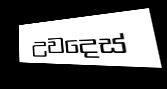
උවදෙස්